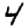
Digit: 4